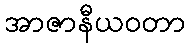
အာဇာနီယဝတာ